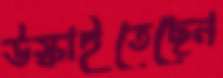
উস্‌কাইতেছেন